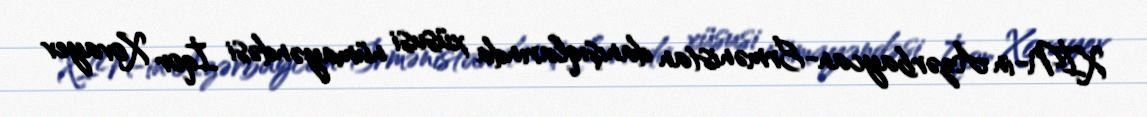
XİN-in Azərbaycan-Ermənistan danışıqlarında xüsusi nümayəndəsi İqor Xovayev